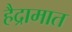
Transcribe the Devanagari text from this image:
हैद्रामात